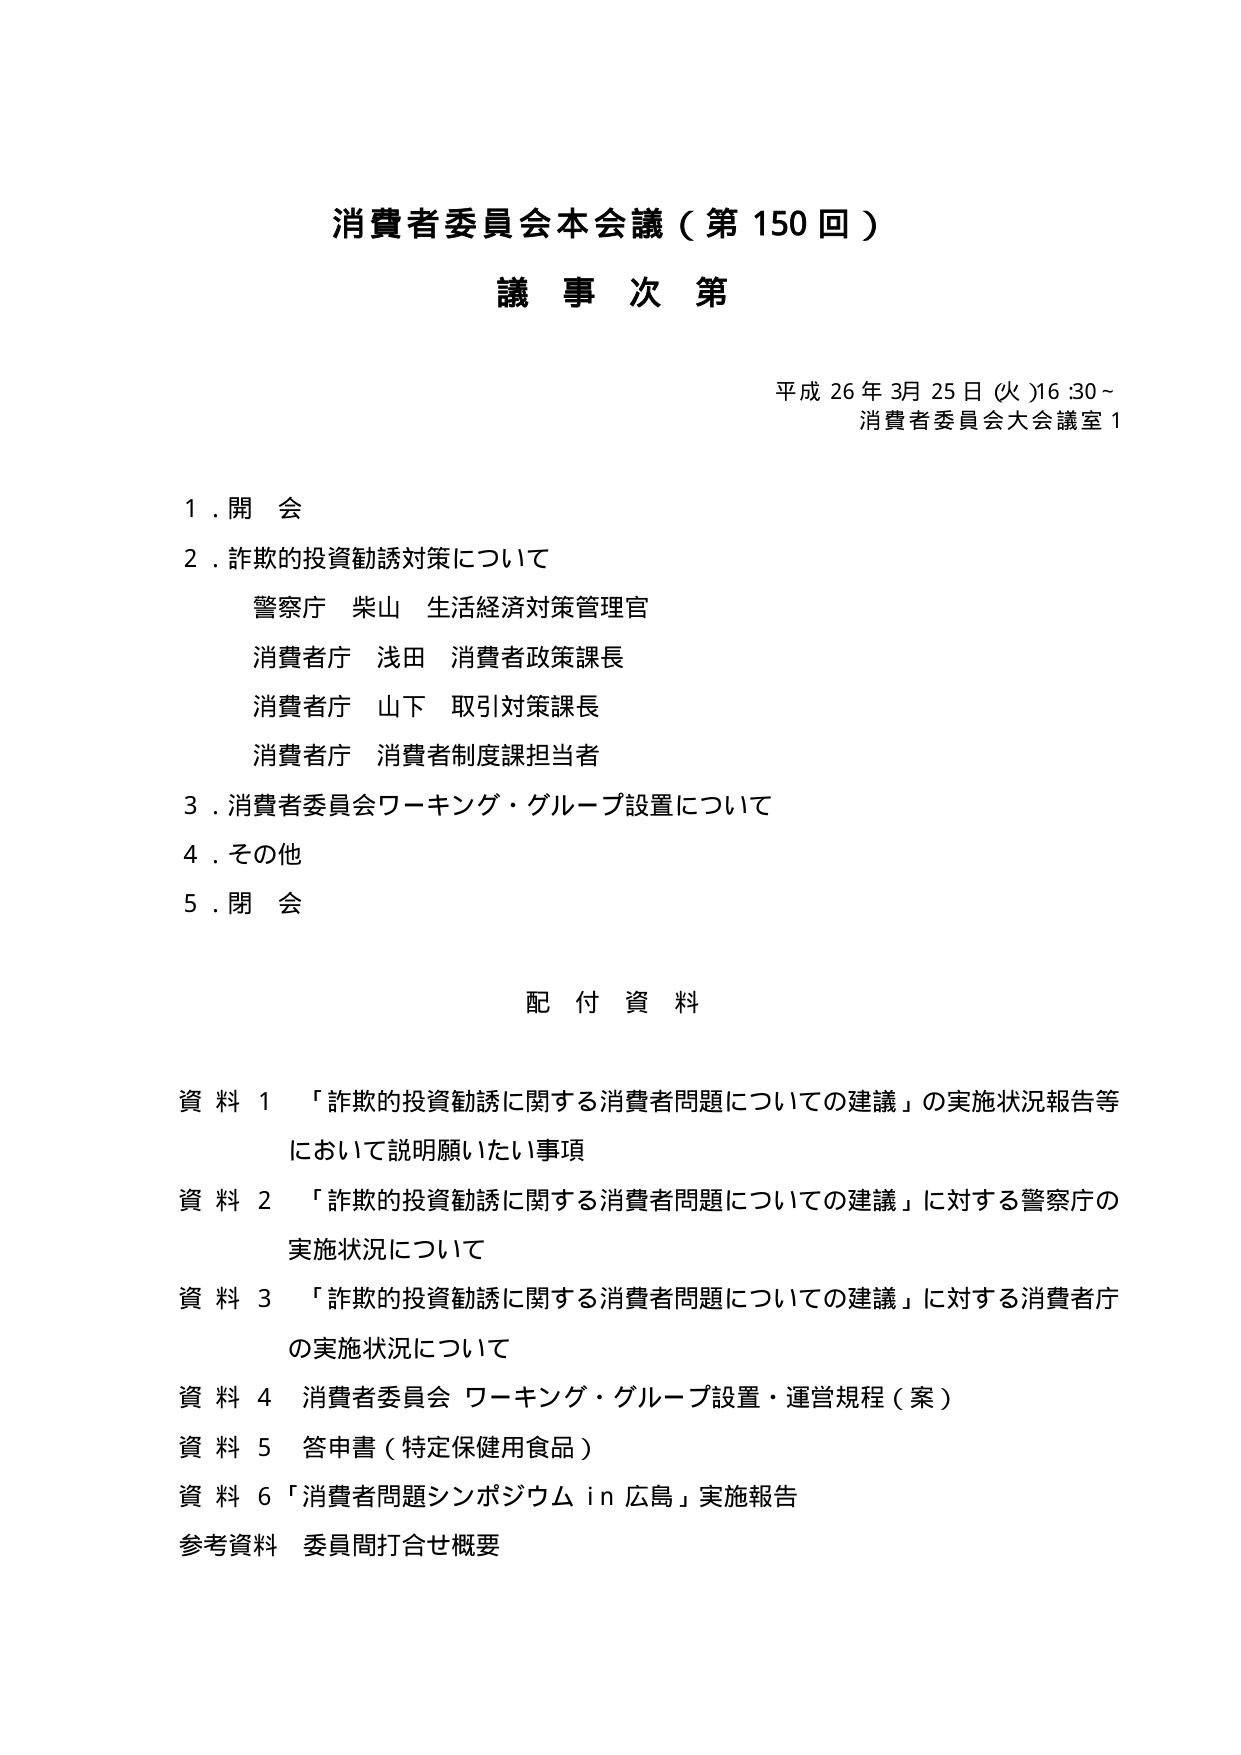
消費者委員会本会議（第150回）
議事次第

平成26年3月25日（火）16:30～
消費者委員会大会議室1

1．開会
2．詐欺的投資勧誘対策について
　警察庁 柴山 生活経済対策管理官
　消費者庁 浅田 消費者政策課長
　消費者庁 山下 取引対策課長
　消費者庁 消費者制度課担当者
3．消費者委員会ワーキング・グループ設置について
4．その他
5．閉会

配付資料

資料1 「詐欺的投資勧誘に関する消費者問題についての建議」の実施状況報告等
　において説明願いたい事項
資料2 「詐欺的投資勧誘に関する消費者問題についての建議」に対する警察庁の
　実施状況について
資料3 「詐欺的投資勧誘に関する消費者問題についての建議」に対する消費者庁
　の実施状況について
資料4 消費者委員会 ワーキング・グループ設置・運営規程（案）
資料5 答申書（特定保健用食品）
資料6 「消費者問題シンポジウム in 広島」実施報告
参考資料 委員間打合せ概要